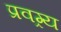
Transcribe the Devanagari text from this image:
प्रवग्र्य